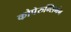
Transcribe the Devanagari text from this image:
कोपेरुन्सिगंन